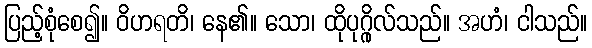
ပြည့်စုံစေ၍။ ဝိဟရတိ၊ နေ၏။ သော၊ ထိုပုဂ္ဂိုလ်သည်။ အဟံ၊ ငါသည်။